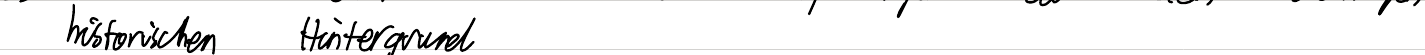
historischen Hintergrund